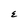
Character: E